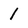
Character: 1